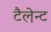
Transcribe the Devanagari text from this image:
टैलेन्ट